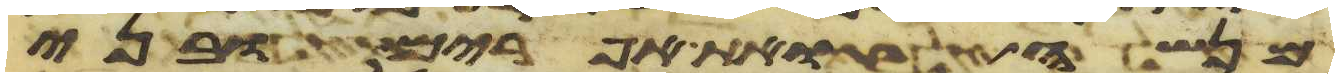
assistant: מנשה ואת אפרים ובני